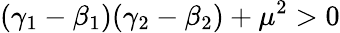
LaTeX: (\gamma_{1}-\beta_{1})(\gamma_{2}-\beta_{2})+\mu^{2}>0